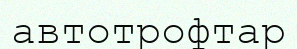
автотрофтар